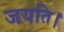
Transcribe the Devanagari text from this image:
जयति।